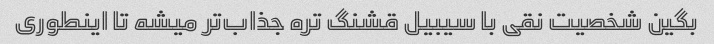
بگین شخصیت نقی با سیبیل قشنگ تره جذاب‌تر میشه تا اینطوری